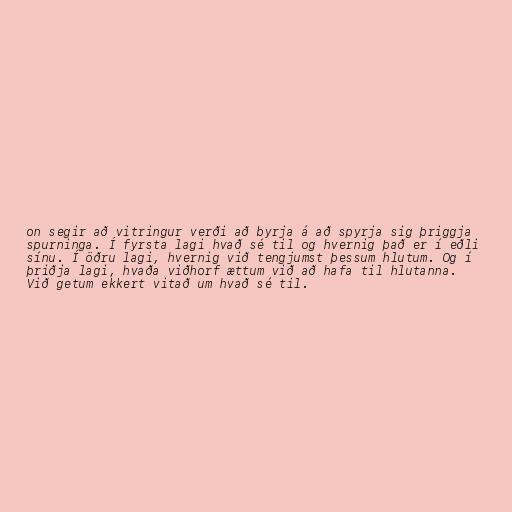
on segir að vitringur verði að byrja á að spyrja sig þriggja
spurninga. Í fyrsta lagi hvað sé til og hvernig það er í eðli
sínu. Í öðru lagi, hvernig við tengjumst þessum hlutum. Og í
þriðja lagi, hvaða viðhorf ættum við að hafa til hlutanna.
Við getum ekkert vitað um hvað sé til.